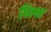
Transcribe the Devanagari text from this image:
पिल्म